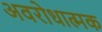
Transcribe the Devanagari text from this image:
अवरोधात्मक